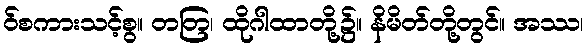
ဝ်စကားသင့်စွ။ တတြ၊ ထိုဂါထာတို့၌။ နိမိတ်တို့တွင်။ အဿ၊